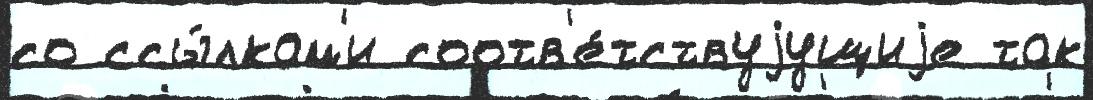
со ссы́лкам'и соотв'е́тствуjущиjе так